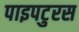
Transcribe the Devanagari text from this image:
पाइपटुरस